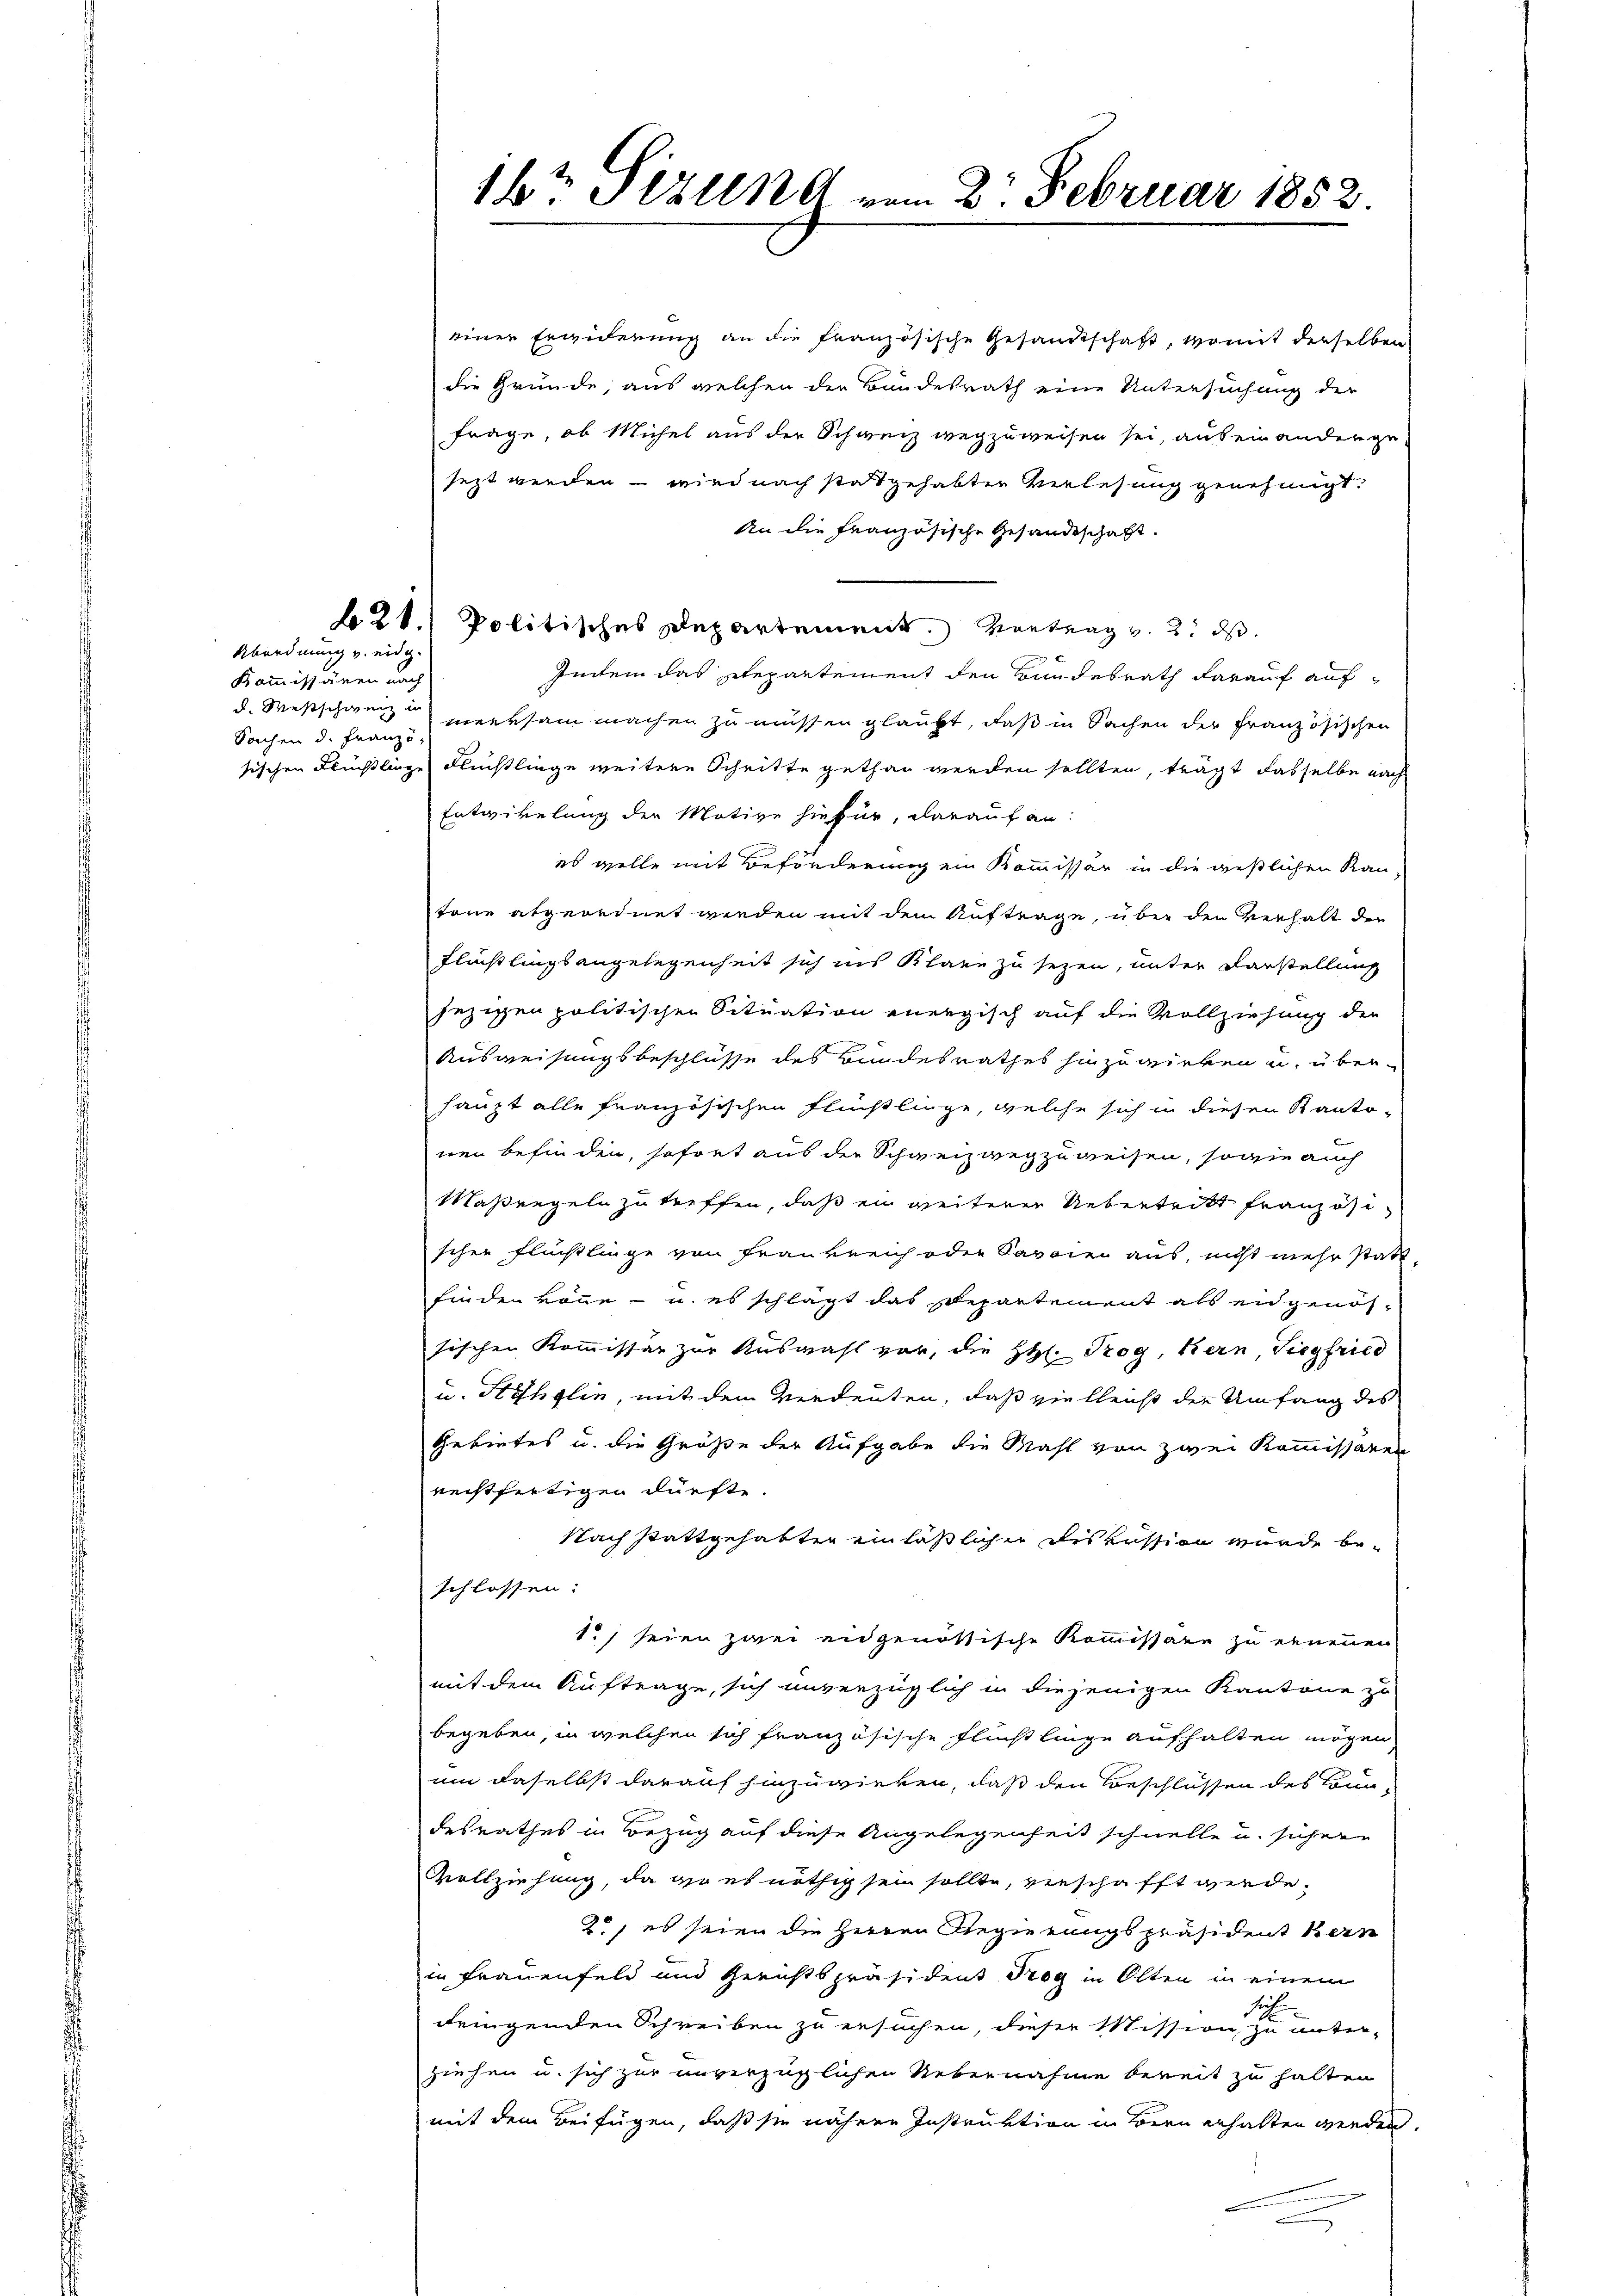
21.

Abordnung v. eidg.
Kommissären nach
Sachen d. Franzö-

16t Sizung vom 2. Februar 1852.

einer Erwiderung an die französische Gesandtschaft, womit derselben
die Gründe, aus welchen der Bundesrath eine Untersuchung der
Frage, ob Michel aus der Schweiz wegzuweisen sei, auseinandergesezt werden – wird nach stattgehabter Verlesung genehmigt.
An die französische Gesandtschaft.
Politisches Departement. Vortrag v. 2. ds.
Intem das Departement den Bundesrath darauf aufd. Westschweiz merksam machen zu müssen glaubt, daß in Sachen der Französischen
sischen Flüchtlinge Flüchtlinge weitere Schritte gethan werden sollten, trägt dasselbe nach
Entwickelung der Motive hiefür, darauf an:
es wolle mit Beförderung ein Kommissär in die gestlichen Kan-
tone abgeordnet werden mit dem Auftrage, über den Verhalt der
Flüchtlingsangelegenheit sich ins Klare zu sezen, unter Darstellung
jezigen politischen Situation energisch auf die Vollziehung der
Ausweisungsbeschlüsse des Bundesrathes hinzuwirken u. überhaupt alle französischen Flüchtlinge, welche sich in diesen Kanto-
nen befinden, sofort aus der Schweizwegzuweisen, sowie auch
Maßregeln zu treffen, daß ein weiterer Uebertritt Franzose
scher Flüßlinge von Frankreich oder Savoren aus, nicht mehr stattfinden könne - u. es schlägt das Departement als eidgenössischen Kommissär zur Auswahl vor, die H. Trog, Kern, Siegfried
u. Hohglin, mit dem Verdeuten, daß vielleicht der Umfang des
Gebietes u. die Größe der Aufgabe die Mahl von zwei Kommissaren
rechtfertigen dürfte.
Nach stattgehatten einläßlicher Diskussion wurde beschlossen:
1., seien zwei eidgenössische Kommissare zu erneuen
mit dem Auftrage, sich unverzüglich in diejenigen Kantone zu
begeben, in welchen sich französische Flüchtlinge aufhalten mögen
um daselbst darauf hinzuwirken, daß den Beschlüssen des Bundesrathes in Bezug auf diese Angelegenheit schnelle u. sichere
Vollziehung, da wo es nöthig sein sollte, verschafft werde.
2., es seien die Herren Regierungspräsident Bern
in Frauenfeld und Gerichtspräsident Trog in Olten in einem
dringenden Schreiben zu ersuchen, dieser Mission, zu unter-
ziehen u. sich zur unverzüglichen Uebernahme bereit zu halten
mit dem Beifügen, daß sie nähere Instruktion in Bern erhalten werden.